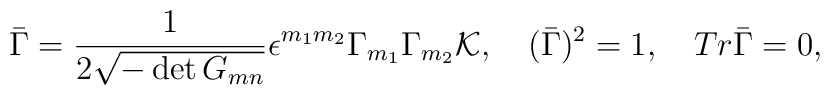
\bar\Gamma={1\over{2\sqrt{-\det{G_{mn}}}}}\epsilon^{m_1m_2}\Gamma_{m_1}\Gamma_{m_2}{\cal K}, \quad(\bar\Gamma)^2=1,\quad Tr\bar\Gamma=0,